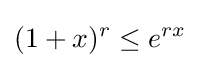
(1+x)^{r}\leq e^{rx}